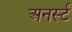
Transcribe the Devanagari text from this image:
अनर्स्टं